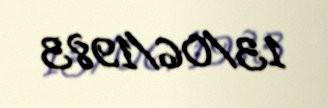
13/06/1983